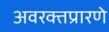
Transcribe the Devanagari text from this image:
अवरक्तप्रारणे